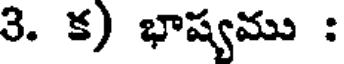
3. క) భాష్యము :